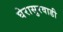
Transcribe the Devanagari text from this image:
घेरासुरवाडी